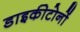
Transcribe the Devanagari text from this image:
डाइकीटोनों